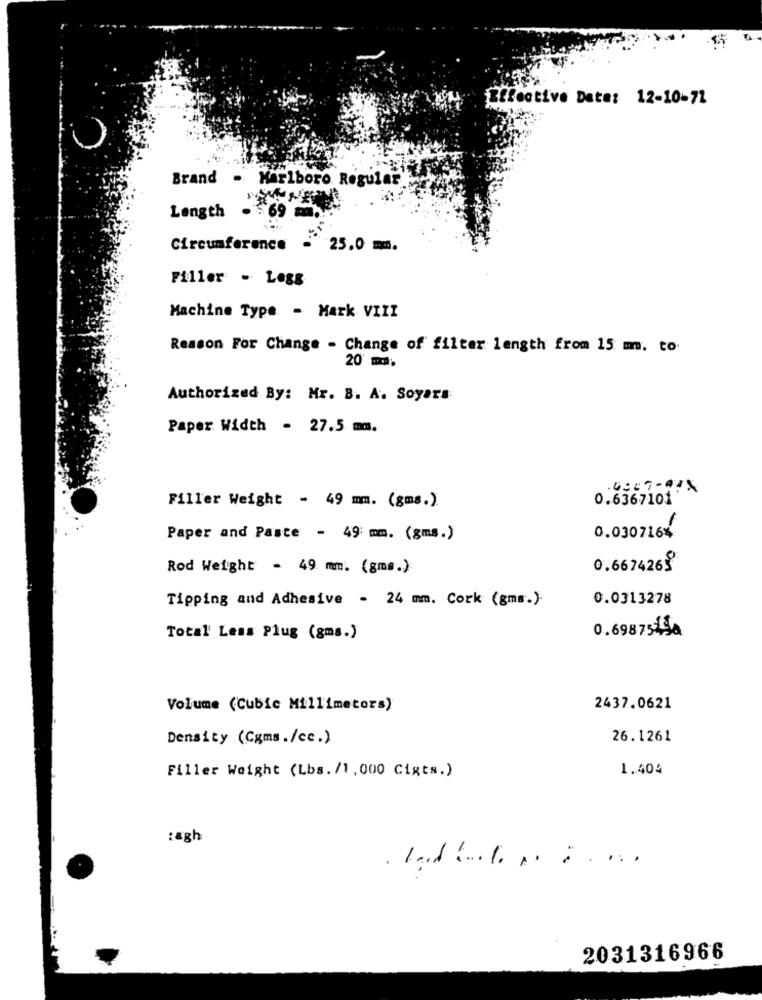
Effective Date: 12-10-72
Brand - Marlboro Regular
Length .
69 .
Circumference - 25.0 mm.
Filler - Logs
Machine Type - Mark VIII
Reason For Change - Change of filter length from 15 mm. to.
20 m.
Authorized By: Mr. B. A. Soyars:
Paper Width - 27.5 mm.
.4907-07X
Filler Weight - 49 mm. (gms.).
0.6367101
0.030716%
Paper and Paste - 49 mm. (gms.)
Rod Weight - 49 mm. (gms.)
0.6674263
Tipping and Adhesive - 24 mm. Cork (gms.).
0.0313278
0.6987545a
Total' Less Plug (gms.)
Volume (Cubic Millimeters)
2437.0621
Density (Cgms./cc.)
26.1261
1.404
Filler Weight (Lbs. /1,000 Cixts.)
:agh
2031316966